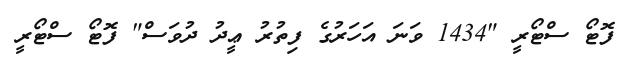
ފޮޓޯ ސްޓޯރީ "1434 ވަނަ އަހަރުގެ ފިތުރު ޢީދު ދުވަސް" ފޮޓޯ ސްޓޯރީ